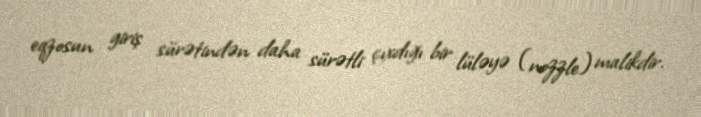
eqzosun giriş sürətindən daha sürətli çıxdığı bir lüləyə (nozzle) malikdir.